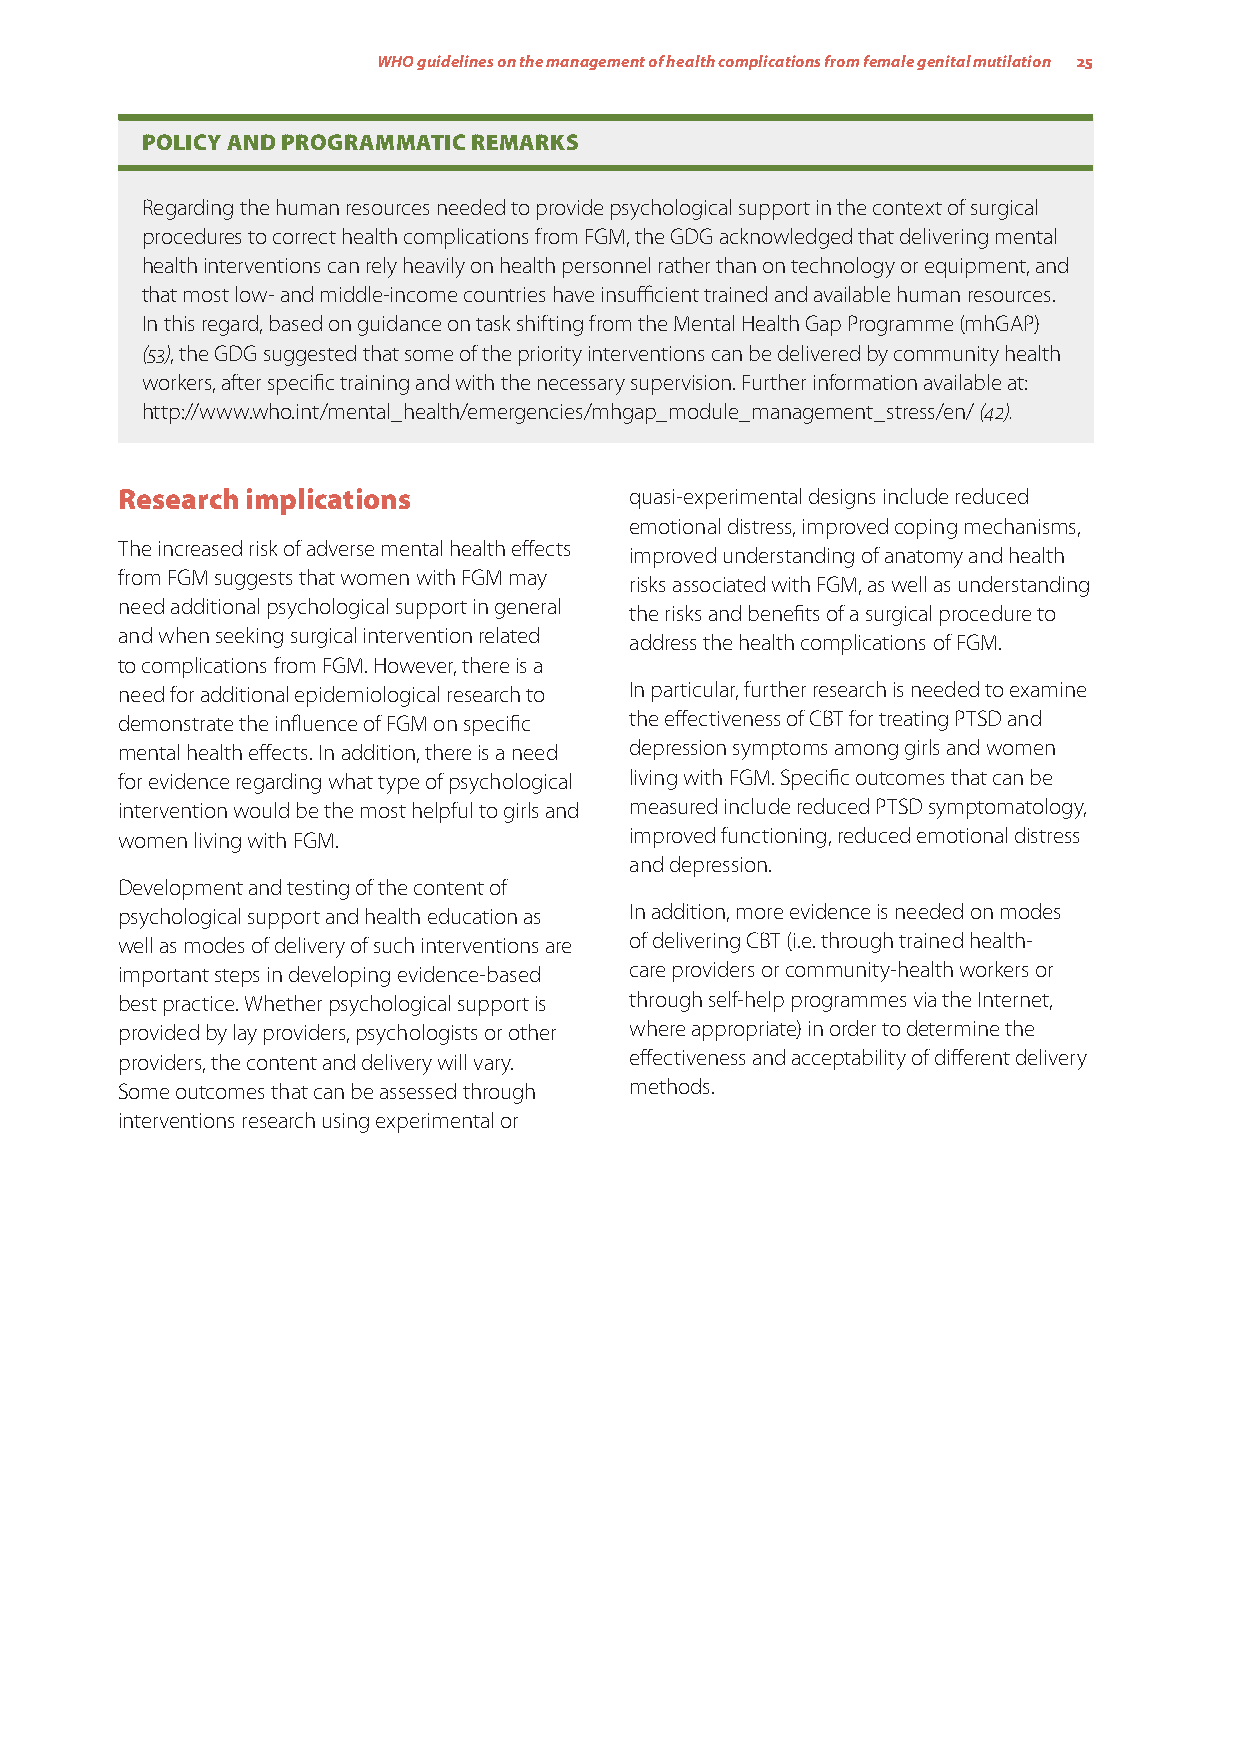
WHO guidelines on the management of health complications from female genital mutilation 25
 POLICY AND PROGRAMMATIC REMARKS
 Regarding the human resources needed to provide psychological support in the context of surgical
 procedures to correct health complications from FGM, the GDG acknowledged that delivering mental
 health interventions can rely heavily on health personnel rather than on technology or equipment, and
 that most low- and middle-income countries have insufficient trained and available human resources.
 In this regard, based on guidance on task shifting from the Mental Health Gap Programme (mhGAP)
 (53), the GDG suggested that some of the priority interventions can be delivered by community health
 workers, after specific training and with the necessary supervision. Further information available at:
 http://www.who.int/mental_health/emergencies/mhgap_module_management_stress/en/ (42).
 Research implications             quasi-experimental designs include reduced
 emotional distress, improved coping mechanisms,
 The increased risk of adverse mental health effects
 improved understanding of anatomy and health
 from FGM suggests that women with FGM may
 risks associated with FGM, as well as understanding
 need additional psychological support in general
 the risks and benefits of a surgical procedure to
 and when seeking surgical intervention related
 address the health complications of FGM.
 to complications from FGM. However, there is a
 need for additional epidemiological research to In particular, further research is needed to examine
 demonstrate the influence of FGM on specific the effectiveness of CBT for treating PTSD and
 mental health effects. In addition, there is a need depression symptoms among girls and women
 for evidence regarding what type of psychological living with FGM. Specific outcomes that can be
 intervention would be the most helpful to girls and measured include reduced PTSD symptomatology,
 women living with FGM.            improved functioning, reduced emotional distress
 and depression.
 Development and testing of the content of
 psychological support and health education as In addition, more evidence is needed on modes
 well as modes of delivery of such interventions are of delivering CBT (i.e. through trained health-
 important steps in developing evidence-based care providers or community-health workers or
 best practice. Whether psychological support is through self-help programmes via the Internet,
 provided by lay providers, psychologists or other where appropriate) in order to determine the
 providers, the content and delivery will vary. effectiveness and acceptability of different delivery
 Some outcomes that can be assessed through methods.
 interventions research using experimental or